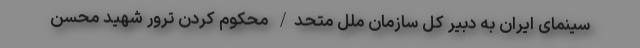
سینمای ایران به دبیر کل سازمان ملل متحد/ محکوم کردن ترور شهید محسن